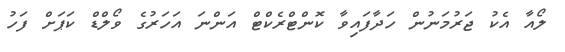
ލޯއާ އެކު ޖަރުމަނުން ހަދާފައިވާ ކޮންޓްރެކްޓް އަންނަ އަހަރުގެ ވޯލްޑް ކަޕަށް ފަހު